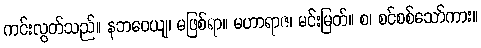
ကင်းလွတ်သည်။ နဘဝေယျ၊ မဖြစ်ရာ။ မဟာရာဇ၊ မင်းမြတ်။ စ၊ စင်စစ်သော်ကား။